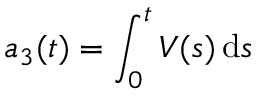
a _ { 3 } ( t ) = \int _ { 0 } ^ { t } V ( s ) \, \mathrm { d } s